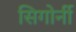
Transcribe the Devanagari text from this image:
सिगोर्नी